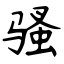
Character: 骚